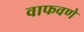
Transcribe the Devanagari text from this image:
वाफवणे